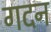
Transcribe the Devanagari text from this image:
गदन